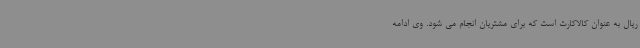
ریال به عنوان کالاکارت است که برای مشتریان انجام می شود. وی ادامه